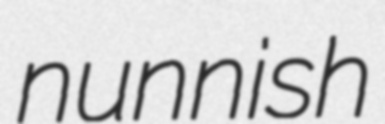
nunnish